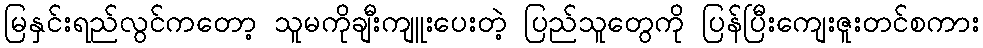
မြနှင်းရည်လွင်ကတော့ သူမကိုချီးကျူးပေးတဲ့ ပြည်သူတွေကို ပြန်ပြီးကျေးဇူးတင်စကား